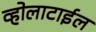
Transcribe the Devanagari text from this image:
व्होलाटाईल